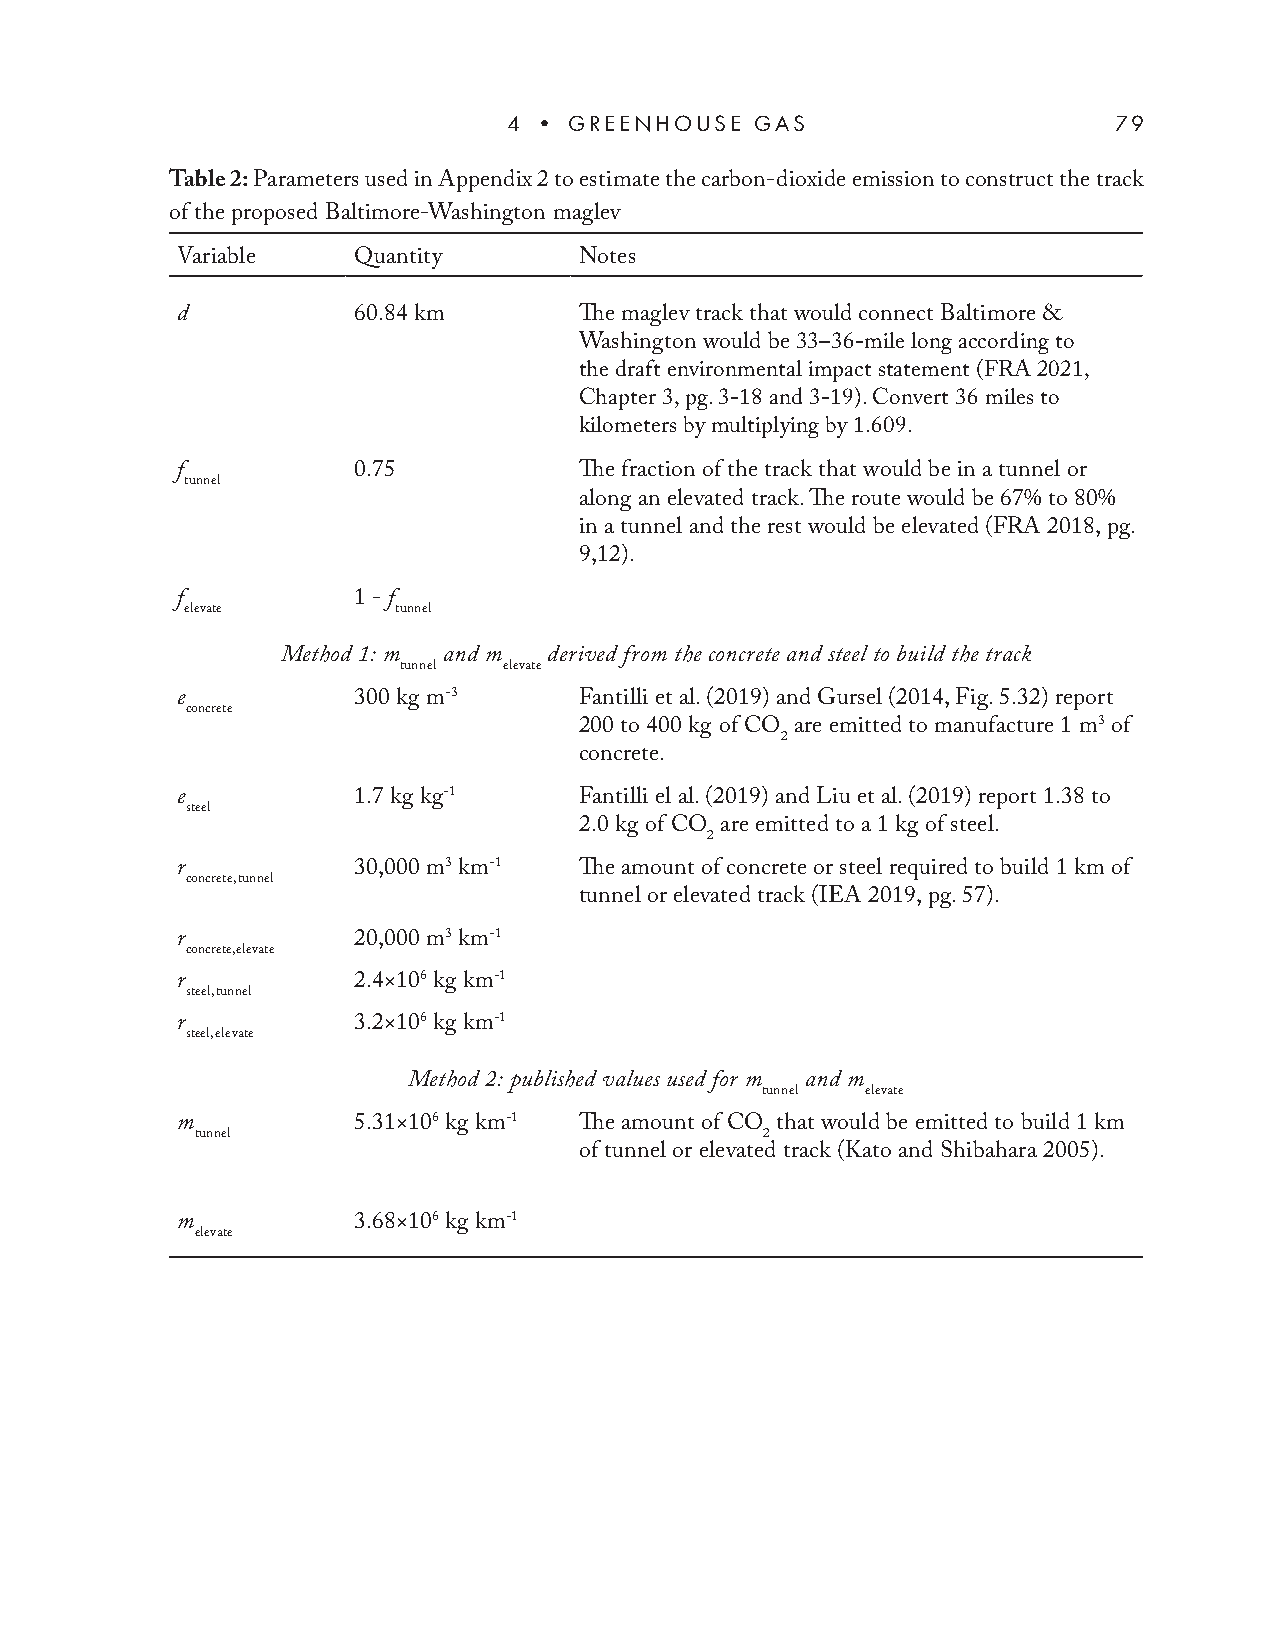
4 • GREENHOUSE  GAS                     79
 Table 2: Parameters used in Appendix 2 to estimate the carbon-dioxide emission to construct the track
 of the proposed Baltimore-Washington maglev
 Variable   Quantity       Notes
 d          60.84 km       The maglev track that would connect Baltimore &
 Washington would be 33–36-mile long according to
 the draft environmental impact statement (FRA 2021,
 Chapter 3, pg. 3-18 and 3-19). Convert 36 miles to
 kilometers by multiplying by 1.609.
 f          0.75           The fraction of the track that would be in a tunnel or
 tunnel
 along an elevated track. The route would be 67% to 80%
 in a tunnel and the rest would be elevated (FRA 2018, pg.
 9,12).
 f          1 - f
 elevate       tunnel
 Method 1: m and m derived from the concrete and steel to build the track
 tunnel elevate
 e          300 kg m-3     Fantilli et al. (2019) and Gursel (2014, Fig. 5.32) report
 concrete
 200 to 400 kg of CO are emitted to manufacture 1 m3 of
 2
 concrete.
 e          1.7 kg kg-1    Fantilli el al. (2019) and Liu et al. (2019) report 1.38 to
 steel
 2.0 kg of CO are emitted to a 1 kg of steel.
 2
 r          30,000 m3 km-1 The amount of concrete or steel required to build 1 km of
 concrete,tunnel
 tunnel or elevated track (IEA 2019, pg. 57).
 r          20,000 m3 km-1
 concrete,elevate
 r          2.4×106 kg km-1
 steel,tunnel
 r          3.2×106 kg km-1
 steel,elevate
 Method 2: published values used for m and m
 tunnel elevate
 m          5.31×106 kg km-1 The amount of CO that would be emitted to build 1 km
 tunnel                                2
 of tunnel or elevated track (Kato and Shibahara 2005).
 m          3.68×106 kg km-1
 elevate